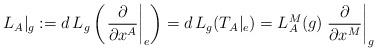
LaTeX: \begin{align*}L_{A}|_{g}:=d\,L_{g}\left( \left.\frac{\partial }{\partial x^{A}}\right|_{e} \right)=d\,L_{g}(T_{A}|_{e})=L^{M}_{A}(g)\left. \frac{\partial }{\partial x^{M}} \right|_{g}\end{align*}